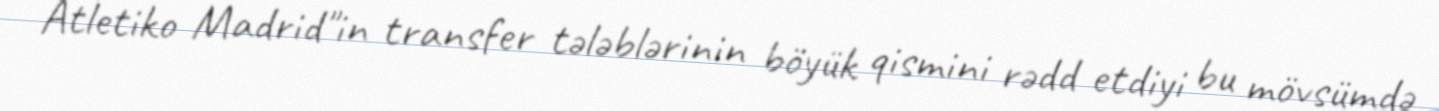
Atletiko Madrid"in transfer tələblərinin böyük qismini rədd etdiyi bu mövsümdə